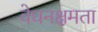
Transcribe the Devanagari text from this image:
वेधनक्षमता